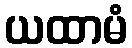
ယထာမံ